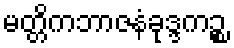
မတ္တိကဘာဇနံခုဒ္ဒကဉ္စ